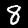
Digit: 8